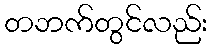
တဘက်တွင်လည်း